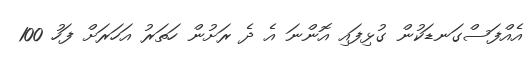
އެއްފަސްގަނޑަކުން ގުޅިފައި އޮންނަ އެ ދެ ރަށުން ހަތަރު އަހަރަށް ފަހު 100